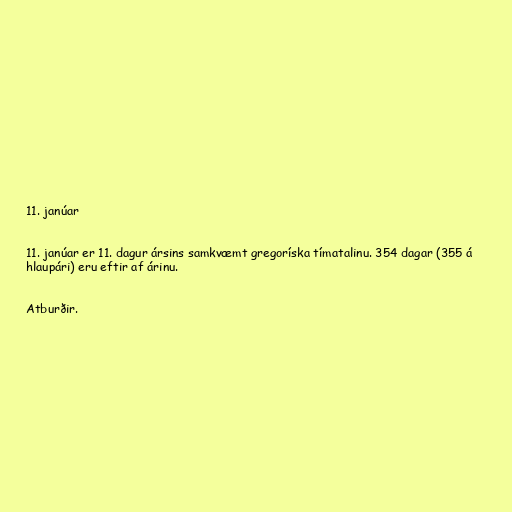
11. janúar

11. janúar er 11. dagur ársins samkvæmt gregoríska tímatalinu. 354 dagar (355 á
hlaupári) eru eftir af árinu.

Atburðir.